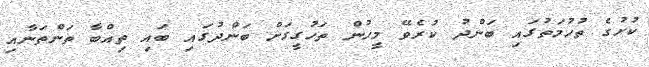
ކުށުގެ ތުހުމަތުގައި ބަންދު ކުރެވޭ މީހުން ތަހުގީގަށް ބަންދުގައި ބައި ތިއްބާ ތަންތަނާއި